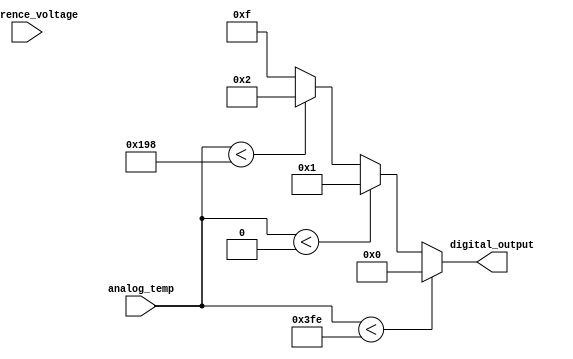
module thermal_encoder (
    input [9:0] analog_temp,      // 10-bit analog temperature input
    input [9:0] reference_voltage, // 10-bit reference voltage input
    output reg [3:0] digital_output // 4-bit digital output
);

// Define temperature thresholds (10-bit representation)
parameter TEMP_MIN = 10'b1111111110; // -20C
parameter TEMP_0   = 10'b0000000000; // 0C
parameter TEMP_MAX = 10'b0110011000; // 100C (assuming 100C = 0x3C)

always @(*) begin
    // Default output
    digital_output = 4'b0000;

    // Encoding logic based on temperature ranges
    if (analog_temp < TEMP_MIN) begin
        digital_output = 4'b0000; // Below -20C
    end else if (analog_temp < TEMP_0) begin
        digital_output = 4'b0001; // Between -20C and 0C
    end else if (analog_temp < TEMP_MAX) begin
        digital_output = 4'b0010; // Between 0C and 100C
    end else begin
        digital_output = 4'b1111; // Above 100C
    end
end

endmodule